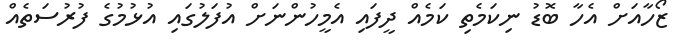
ޒޯހާއަށް އެހާ ބޮޑު ނިކަމެތި ކަމެއް ދީފައި އެމީހުންނަށް އުފަލުގައި އުޅުމުގެ ފުރުސަތެއް